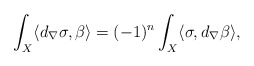
\begin{align*} \int_{X} \langle d_{\nabla}\sigma, \beta\rangle= (-1)^{n}\int_{X} \langle \sigma , d_{\nabla}\beta \rangle, \end{align*}